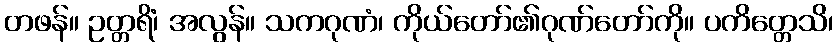
တဖန်။ ဥတ္တရိံ၊ အလွန်။ သကဂုဏံ၊ ကိုယ်တော်၏ဂုဏ်တော်ကို။ ပကိတ္တေသိ၊